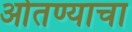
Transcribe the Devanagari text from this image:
ओतण्याचा